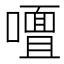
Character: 𭋢